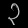
Digit: ၃